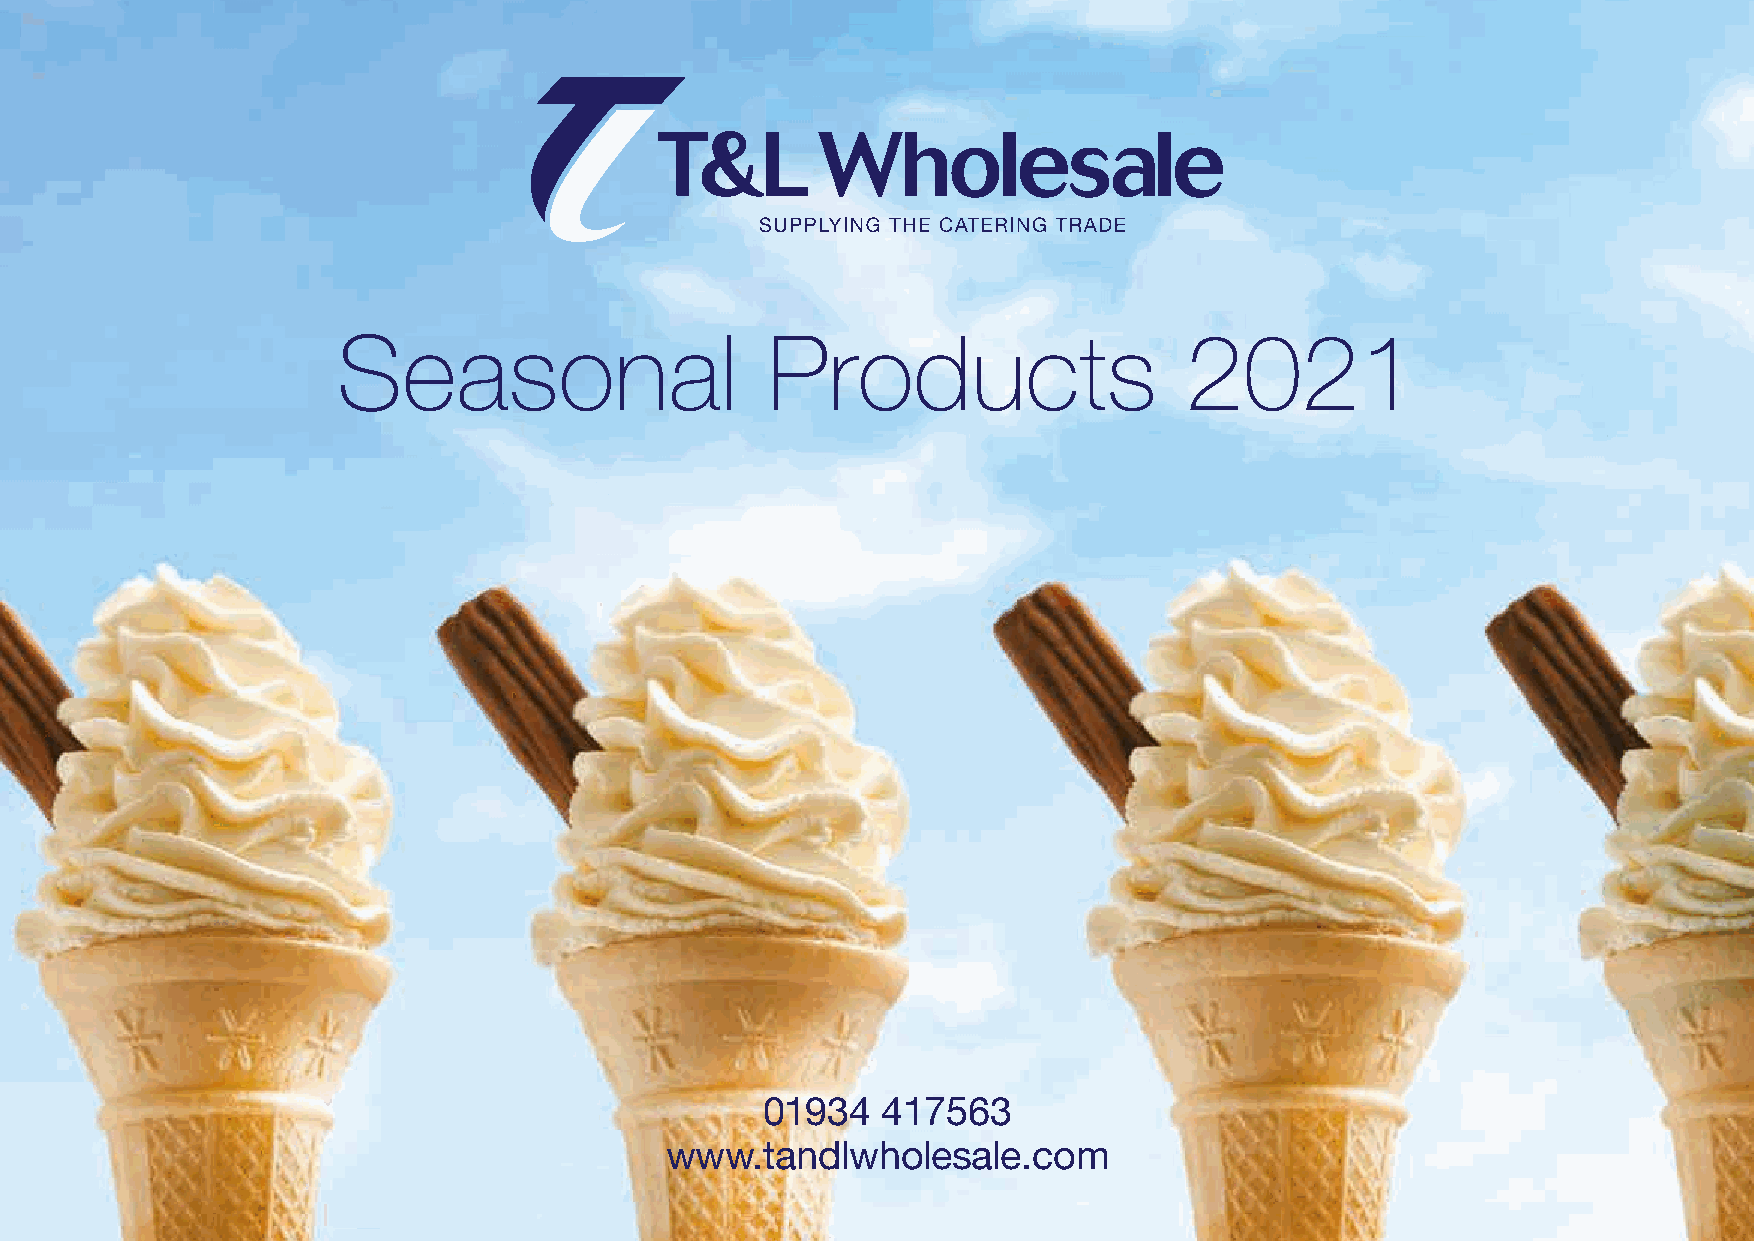
Seasonal                     Products                   2021
 01934  417563
 www.tandlwholesale.com
 !"#$%"&'()*+(,"%'#+-(.//(01"2( .89:&)+(;<=(&3(7">1(#*"%+3&%+1( ="5?$(>3?$5(7">1(&88">$)($>2-+1(
 )*+(.//%+(3)"1+("1(4""5%+(6%&7( -7(>3?$5()*+(&89:&9"$(8"'+( &$'(/&33#"1'(3>//%?+'(-7(">1(
 3)"1+                 @)&$'%A                 "B8+
 C$8+(%"55+'(?$(7">(8&$(-1"#3+(">1("$%?$+(8&)&%"5>+D(&88+33(7">1("1'+1(8&1'(&$'(/%&8+("1'+13E(F">(8&$(&%3"(
 :?+#($>)1?9"$&%(&$'(&%%+15+$(?$0"12&9"$("$(/1"'>8)3(&$'('"#$%"&'(8"/7(?$:"?8+3(&$'(3)&)+2+$)3E
 !"#$"%&'()**(
 ((
 ;<=(8>3)"2+13(8&$("1'+1()*1">5*(">1(#+-3?)+("1(2"-?%+(&//(#*?8*(?3(&:&?%&-%+(?$(GCH("1(.$'1"?'(0"12&)3E((
 F">(8&$(&%3"(:?+#(">1(%&)+3)(/1"2"9"$3D('"#$%"&'(?$:"?8+(8"/?+3(&$'(3)&)+2+$)3(&$'(&88+33((
 $>)1?9"$&%(&$'(&%%+15+$(?$0"12&9"$("$(0""'(/1"'>8)3E(
 ((
 ;"(%"5?$()"(7">1(&88">$)(7">(#?%%(1+I>?1+(&(/&33#"1'D(/%+&3+(8"$)&8)(&(2+2-+1("0(">1()+&2()"(3+)()*?3(>/E(
 J"%%"#()*+(KL(8"'+(0"1(2"1+(?$0"12&9"$("1(:?3?)(">1(#+-3?)+M(###E)&$'%#*"%+3&%+E8"2(
 ;"(>3+()*+("1'+1?$5(&//D(/%+&3+(0"%%"#()*+(?$3)1>89"$3(-+%"#M
 G0(7">(1+I>?1+()+8*$?8&%(?$0"12&9"$(#?)*(&$7("0()*+(0>$89"$3(#?)*?$()*+(&//("1(#+-3?)+D(/%+&3+('"($")(
 *+3?)&)+()"(8"$)&8)(">1("B8+(&$'(#+(#?%%(-+(*&//7()"(*+%/E